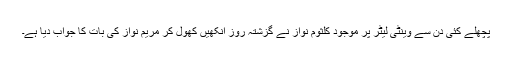
پچھلے کئی دن سے وینٹی لیٹر پر موجود کلثوم نواز نے گزشتہ روز آنکھیں کھول کر مریم نواز کی بات کا جواب دیا ہے۔